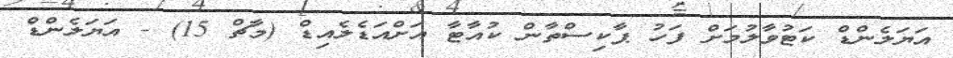
އަޔަލެންޑް ކަޓުވާލުމަށް ފަހު ޕާކިސްތާން ކުއާޓާ އަށްއަޑެލެއިޑް (މާޗް 15) - އަޔަލެންޑް